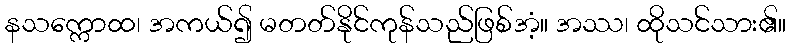
နသက္ကောထ၊ အကယ်၍ မတတ်နိုင်ကုန်သည်ဖြစ်အံ့။ အဿ၊ ထိုသင်သား၏။